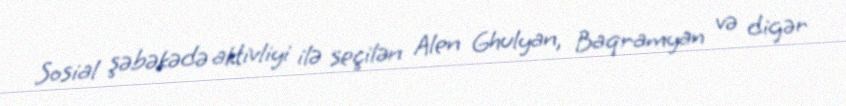
Sosial şəbəkədə aktivliyi ilə seçilən Alen Ghulyan, Baqramyan və digər